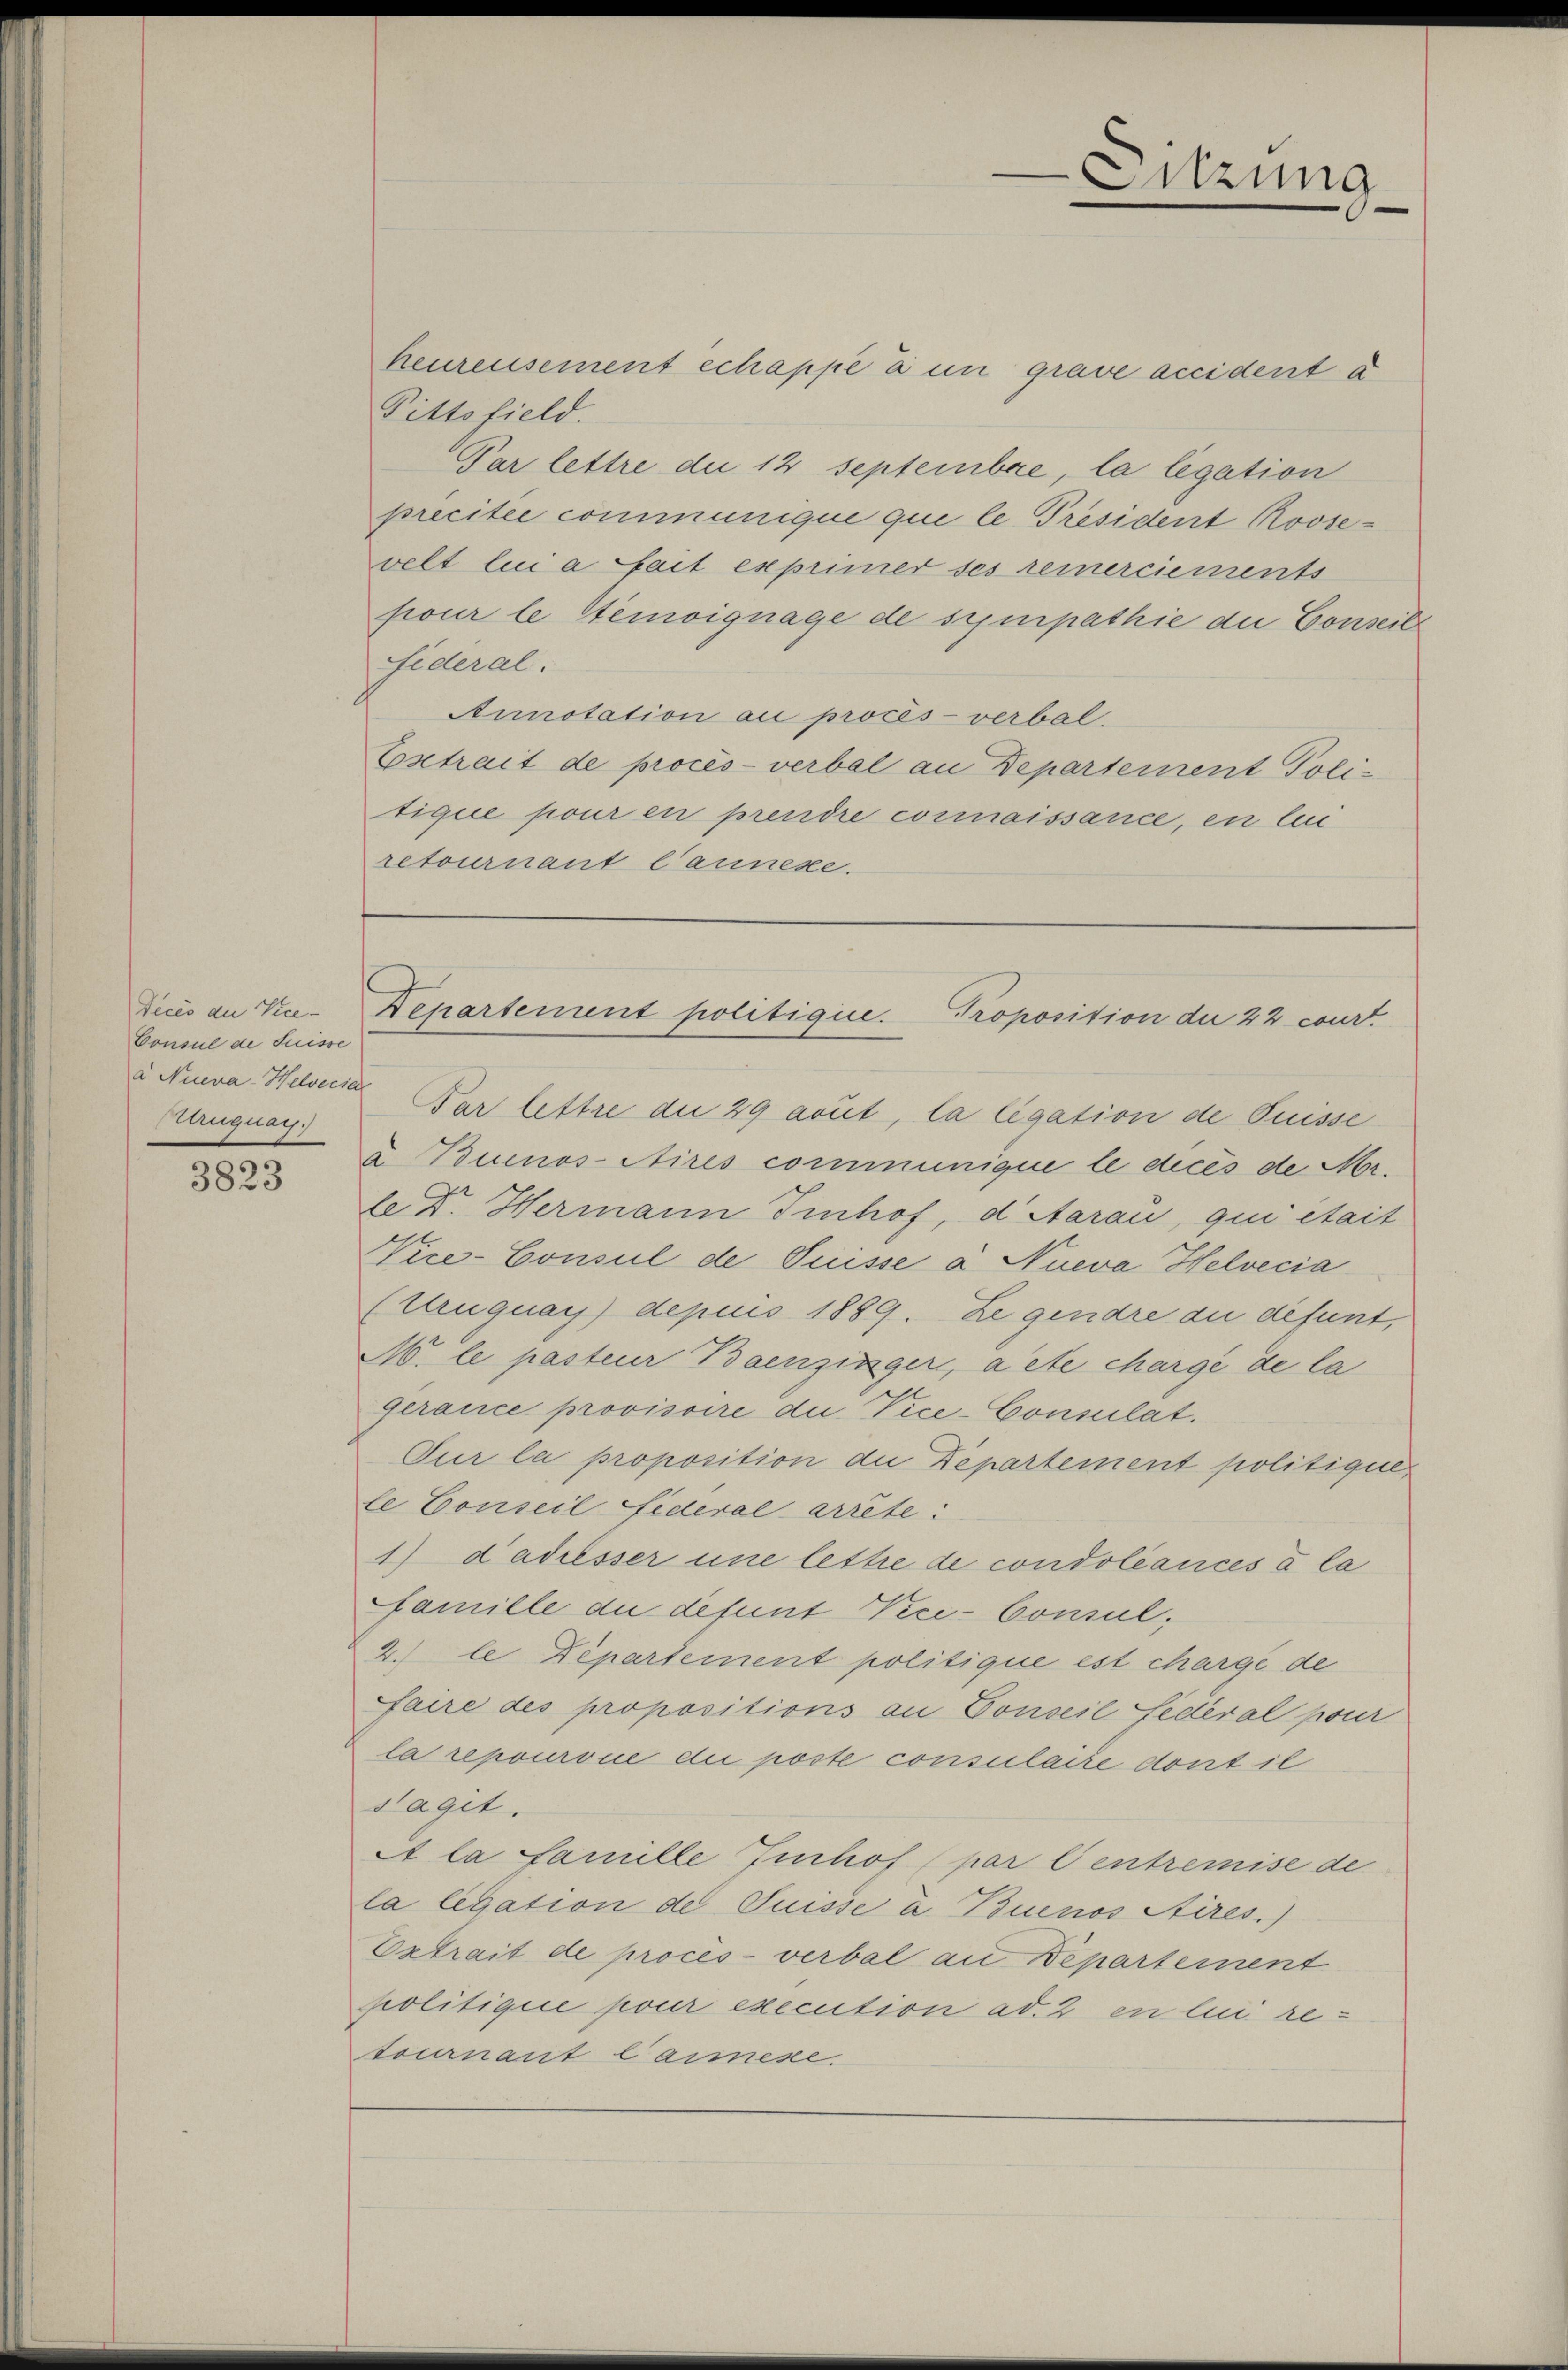
Decis du Vice-
Consul de Suisse
a Nueva-Helveciel
Mnquar

3823

heurensement échappe a in grave accident a
Pittsfield.
Par lettre die 12 Septembere, la legation
precitée communique qui le Président Roosevelt lui a fait exprimer ses remerciements
pour le Nemoignage de sympathie die Conseite
fideral.
Ainotation au procès-verbal.
Extrait de procès-verbal an Departement Poli-
tique pour en prendre connaissance, en lei
retournant launeke.

Par lettre die 29 avut, la ligation de Puisse
u Buenos Aires communique le décès de Mr.
le Dr. Hermann Imhof, d Aarau, qui était
Vice-Consul de Puisse à Nueva Helvecia
(Uruguay) depuis 1889. Ze genare du défunt,
M. le pasteur Beenzinger, acte chargé de la
gerance provisoire die Vice-Consulat.
Sur la proposition die Departement politiques
le Conseil fideral arrête:
1) dadiesser une lettre de condoléances à la
famille du defunt Vice-Consul,
2.) le Departement politique est charge de
faire des propositions an Gonseil fédéral pour
la repourvue die poste consulaire dont il
sagit.
A la famille Juchof (par Centremise de
la legation de Suisse a Buenos Aires.)
Extrait de procès-verbal an Departement
politique pour execution ad. 2 en lui retournant lameze.

Sitzung

Departement politigie. Proposition der 22 court